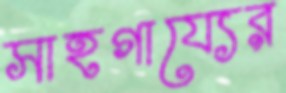
সাহগায্যের